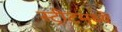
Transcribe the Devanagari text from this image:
स्ट्रीटमध्ये